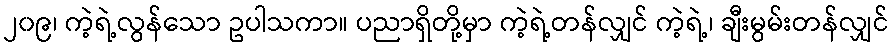
၂၀၉၊ ကဲ့ရဲ့လွန်သော ဥပါသကာ။ ပညာရှိတို့မှာ ကဲ့ရဲ့တန်လျှင် ကဲ့ရဲ့၊ ချီးမွမ်းတန်လျှင်